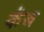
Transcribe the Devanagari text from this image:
कॅब